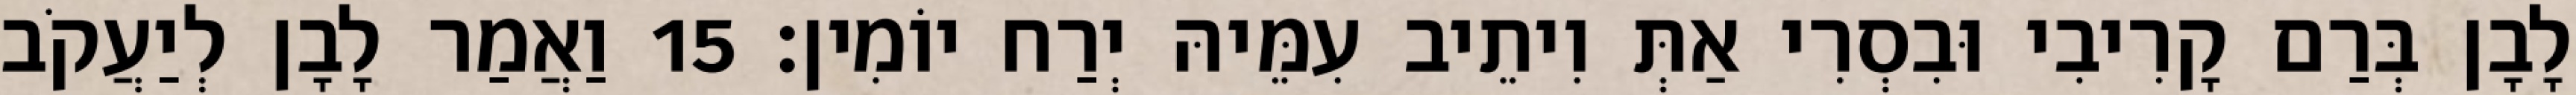
לָבָן בְּרַם קָרִיבִי וּבִסְרִי אַתְּ וִיתֵיב עִמֵּיהּ יְרַח יוֹמִין׃ 15 וַאֲמַר לָבָן לְיַעֲקֹב